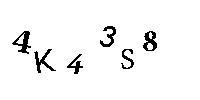
4K43S8